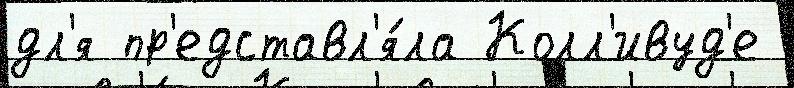
дл'я пр'едставл'я́ла Колл'ивуд'е